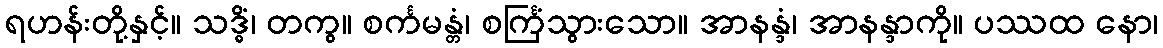
ရဟန်းတို့နှင့်။ သဒ္ဓိံ၊ တကွ။ စင်္ကမန္တံ၊ စင်္ကြံသွားသော။ အာနန္ဒံ၊ အာနန္ဒာကို။ ပဿထ နော၊